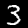
Label: 3